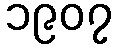
၁၉၀၇